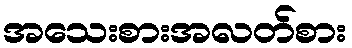
အသေးစားအလတ်စား